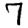
Digit: 7